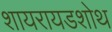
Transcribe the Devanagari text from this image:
शायरायडशोथ